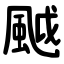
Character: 䬂